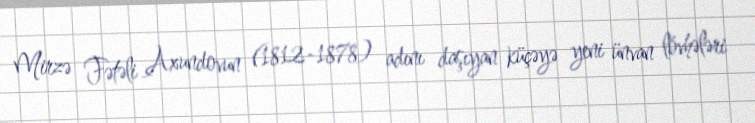
Mirzə Fətəli Axundovun (1812-1878) adını daşıyan küçəyə yeni ünvan lövhələri